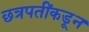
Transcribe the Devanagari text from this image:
छत्रपतींकडून